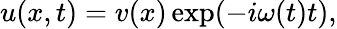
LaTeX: \begin{array}{r}{u(x,t)=v(x)\exp(-i\omega(t)t),}\end{array}